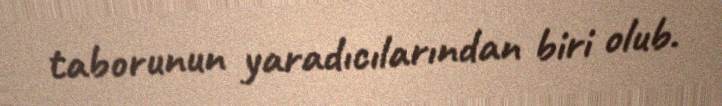
taborunun yaradıcılarından biri olub.